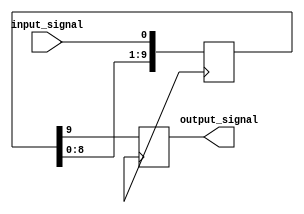
module BufferDelay (
    input wire input_signal,
    output reg output_signal
);

parameter DELAY = 10; // Specify the desired delay in number of clock cycles

reg [DELAY-1:0] buffer; // Create a buffer of size equal to the specified delay

always @(posedge clk) begin
    buffer <= {buffer[DELAY-2:0], input_signal}; // Shift input signal through buffer
    output_signal <= buffer[DELAY-1]; // Output delayed signal
end

endmodule